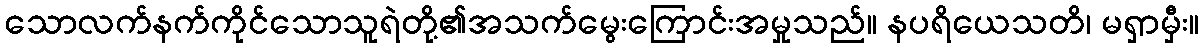
သောလက်နက်ကိုင်သောသူရဲတို့၏အသက်မွေးကြောင်းအမှုသည်။ နပရိယေသတိ၊ မရှာမှီး။